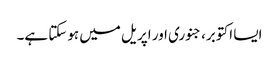
ایسا اکتوبر، جنوری اور اپریل میں ہوسکتا ہے۔